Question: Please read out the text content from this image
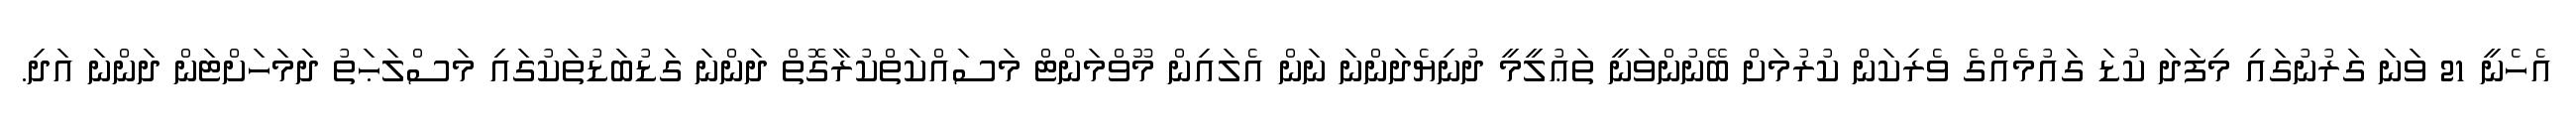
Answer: އެހެނީ 21 ވަނަ ގަރުނުގައި މިފަދަ ކުޑަ ގައުމެއްގެ ވެރިކަން ކުރުމަށް ބޭނުންވަނީ ތަޢުލީމީ ދުނިޔެދަންނަ ނަން އެލައިން މޫވްމަންޓް މަސައްކަތްކުރާގޮތް ދަންނަ ގަޑުބަޑުތަކުގައި މަސްލަޙަތު ދަމަހަށްޓަން ދަންނަ އަދި.